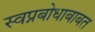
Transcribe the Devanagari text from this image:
स्वप्नबोधाबाबत